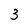
Character: 3